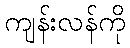
ကျန်းလန်ကို